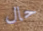
حال